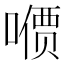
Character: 𪢋